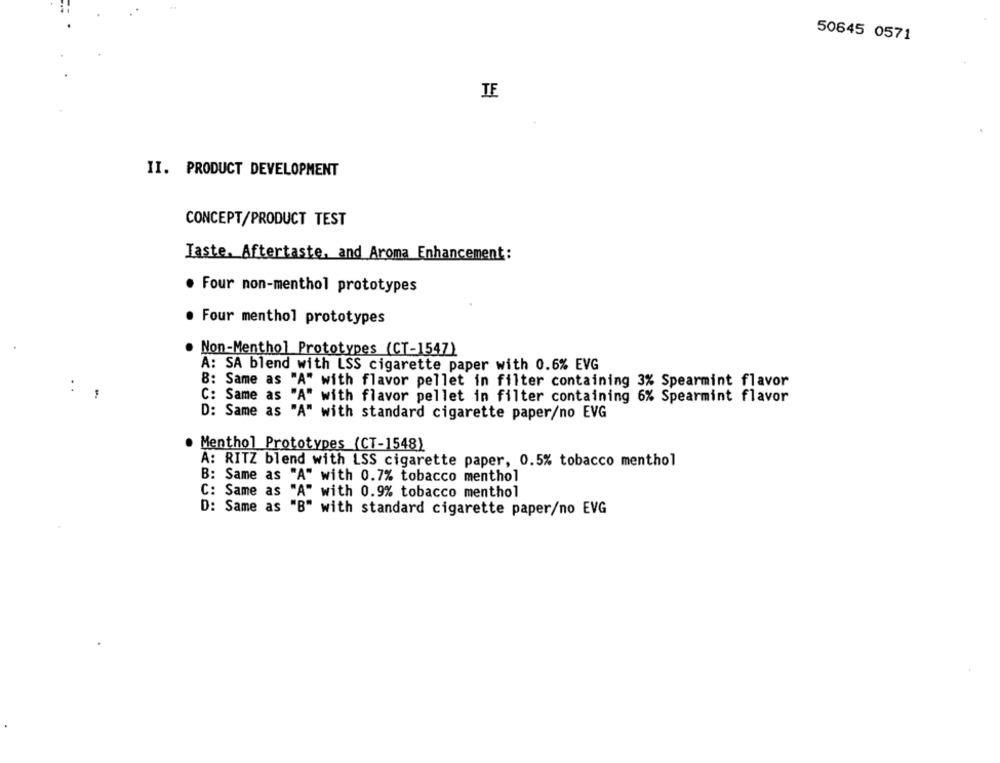
50645 0571
II. PRODUCT DEVELOPMENT
CONCEPT/PRODUCT TEST
Taste. Aftertaste, and Aroma Enhancement:
. Four non-menthol prototypes
. Four menthol prototypes
. Non-Menthol Prototypes (CT-1547)
A: SA blend with LSS cigarette paper with 0.6% EVG
8: Same as "A" with flavor pellet in filter containing 3% Spearmint flavor
:
C: Same as "A" with flavor pellet in filter containing 6% Spearmint flavor
D: Same as "A" with standard cigarette paper/no EVG
. Menthol Prototypes (CT-1548)
A: RITZ blend with LSS cigarette paper, 0.5% tobacco menthol
B: Same as "A" with 0.7% tobacco menthol
C: Same as "A" with 0.9% tobacco menthol
D: Same as "B" with standard cigarette paper/no EVG